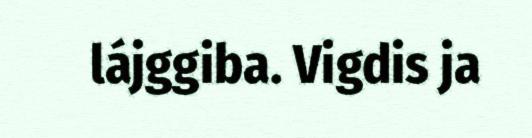
lájggiba. Vigdis ja